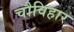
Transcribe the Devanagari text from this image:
चौविहार